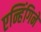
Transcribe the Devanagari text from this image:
एन्हिंगिने